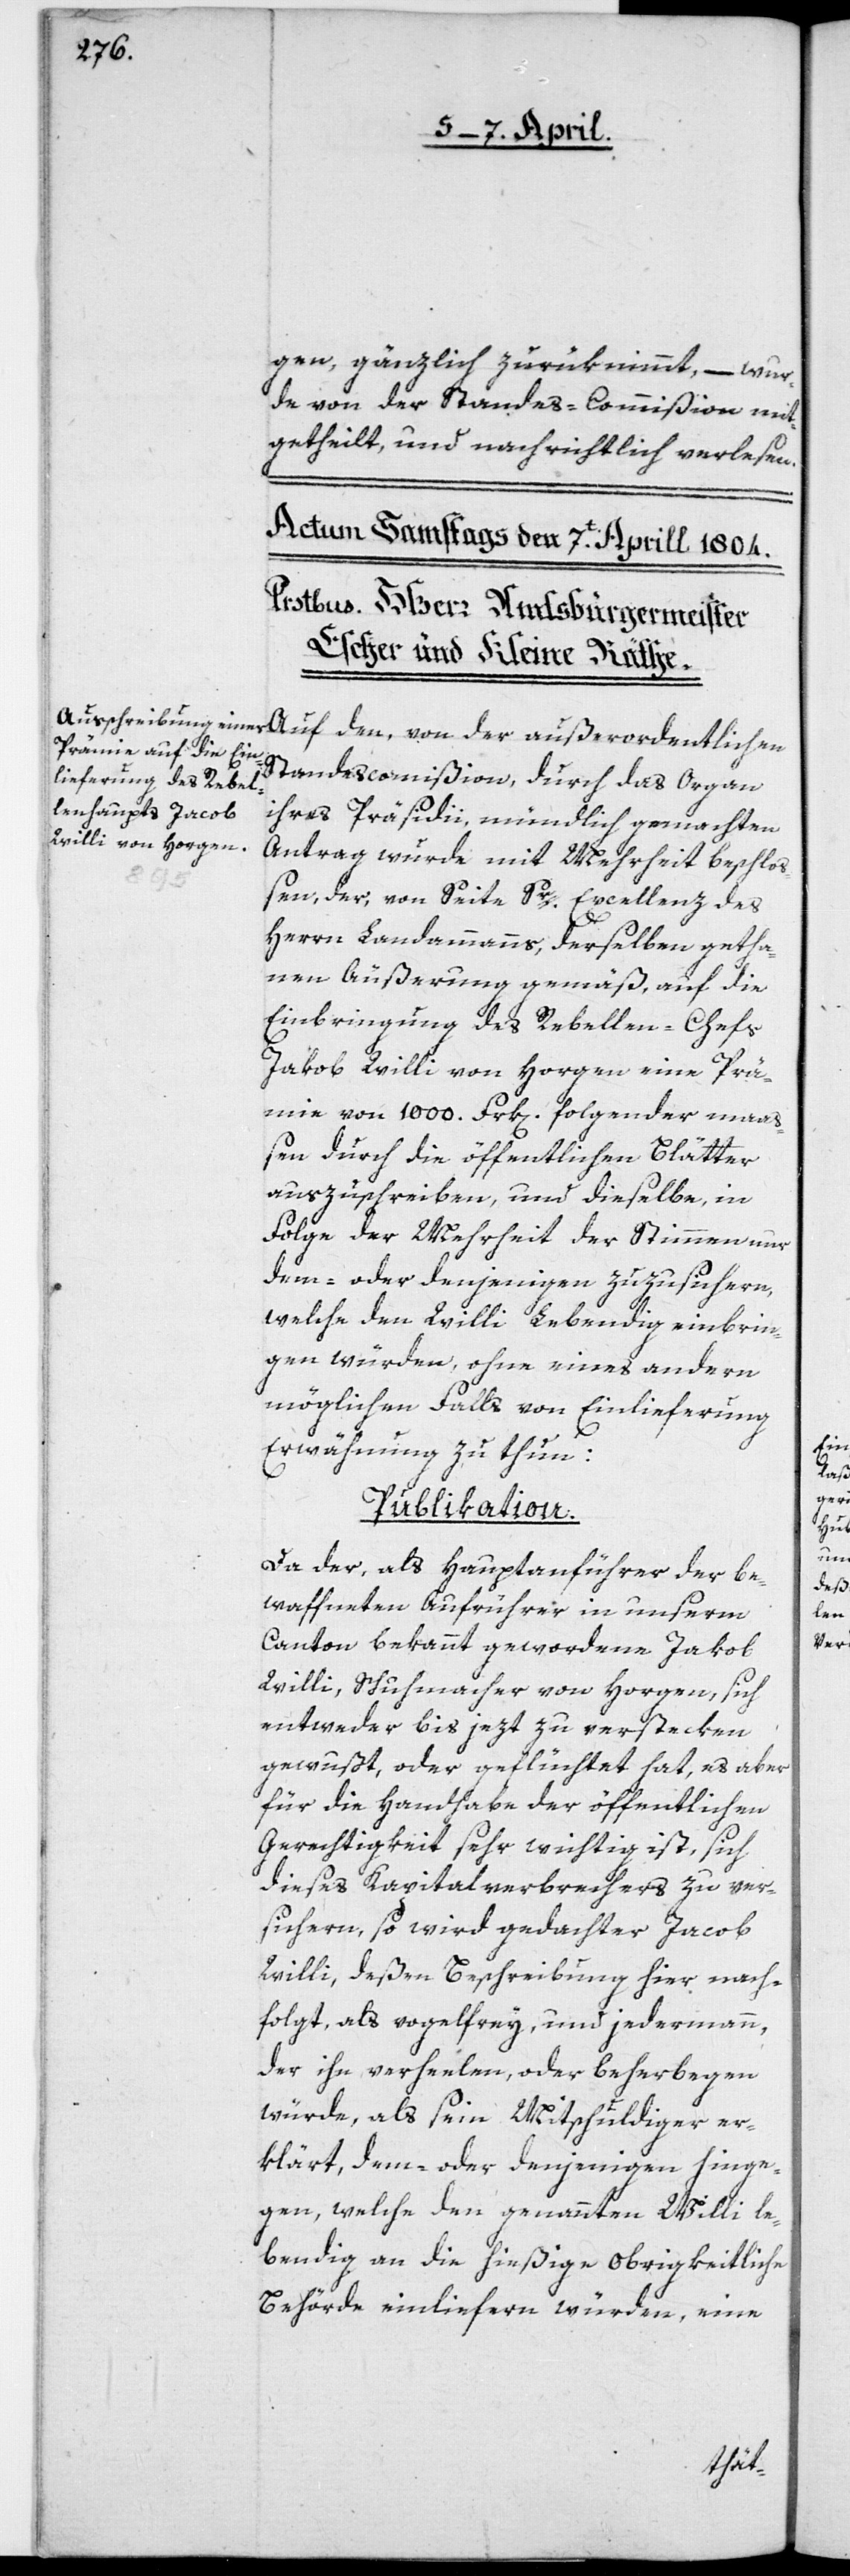
gen, gänzlich zurüknimmt, – wur¬
de von der Standes-Commißion mit¬
getheilt, und nachrichtlich verlesen.
Standescommißion, durch das Organ
ihres Präsidii mündlich gemachten
Antrag wurde mit Mehrheit beschloß¬
en, der, von Seite Sr. Excellenz des
Herrn Landammanns, derselben getha¬
nen Äußerung gemäß, auf die
Einbringung des Rebellen-Chefs
Jakob Willi von Horgen eine Prä¬
mie von 1000. Frk[en]. folgendermaa¬
ßen durch die öffentlichen Blätter
auszuschreiben, und dieselbe, in
Folge der Mehrheit der Stimmen nur
dem- oder denjenigen zuzusichern,
welche den Willi lebendig einbrin¬
gen würden, ohne eines andern
möglichen Falls von Einlieferung
der
Erwähnung zu thun:
Publikation.
Da der, als Hauptanführer der be¬
waffneten Aufrührer in unserm
Canton bekannt gewordene Jakob
Willi, Schuhmacher von Horgen, sich
entweder bis jezt zu verstecken
gewußt, oder geflüchtet hat, es aber
für die Handhabe der öffentlichen
Gerechtigkeit sehr wichtig ist, sich
dieses Kapitalverbrechers zu ver¬
sichern, so wird gedachter Jacob
Willi, deßen Beschreibung hier nach¬
folgt, als vogelfrey, und jedermann,
der ihn verheelen oder beherbe[r]gen
würde, als sein Mitschuldiger er¬
klärt, dem- oder denjenigen hinge¬
gen, welche den genannten Willi le¬
bendig an die hießige obrigkeitliche
Behörde einliefern würden, eine